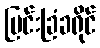
မြင်းခြံခရိုင်